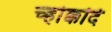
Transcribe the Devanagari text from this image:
च्होक्कदि